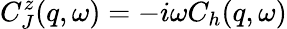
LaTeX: C_{J}^{z}(q,\omega)=-i\omega C_{h}(q,\omega)